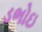
ડભોઇ